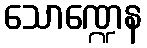
သောဏ္ဍေန